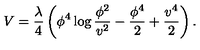
V = { \frac { \lambda } { 4 } } \left( \phi ^ { 4 } \log { \frac { \phi ^ { 2 } } { v ^ { 2 } } } - { \frac { \phi ^ { 4 } } { 2 } } + { \frac { v ^ { 4 } } { 2 } } \right) .